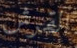
القرش